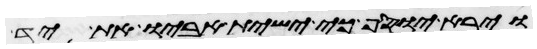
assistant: וירא יוסף כי ישית אביו את יד